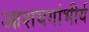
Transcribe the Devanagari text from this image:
आशयगांभीर्य